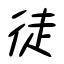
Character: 徒